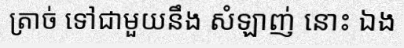
ត្រាច់ ទៅជាមួយនឹង សំឡាញ់ នោះ ឯង